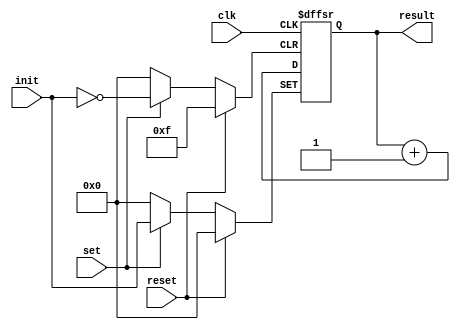
module counter
(
	clk,
	reset,
	result,
	init,
	set
);

	input clk;
	input reset;
	input set;
	input [3:0] init;
	output [3:0] result;

	reg [3:0] result;
	reg [3:0] store;
  // reg clk_last = clk;
	always @(posedge clk or posedge reset or posedge set)
	begin
		if (reset) 
			result = 0;		
		else if (set)
		  result = init;
		else
		  result = result + 1;
	end
endmodule